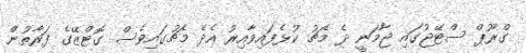
ގްރޫޕް ސްޓޭޖުގައި ޖާމަނީ ދެ މެޗު ކުޅެފައިވާއިރު އެދެ މެޗުގައިވެސް ގޮޓްޒޭގެ ފަރާތުން